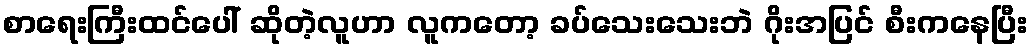
စာရေးကြီးထင်ပေါ် ဆိုတဲ့လူဟာ လူကတော့ ခပ်သေးသေးဘဲ ဂိုးအပြင် စီးကနေပြီး